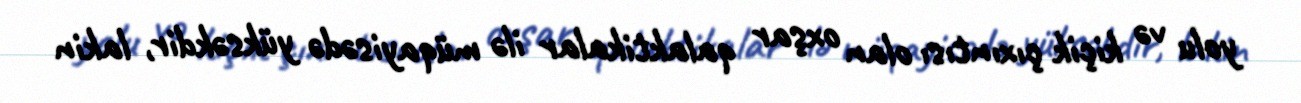
yolu və kiçik çıxıntısı olan oxşar qalaktikalar ilə müqayisədə yüksəkdir, lakin